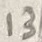
Text: 13